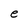
Character: e